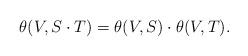
LaTeX: \begin{align*}\theta(V,S \cdot T ) = \theta(V,S) \cdot \theta(V,T). \end{align*}